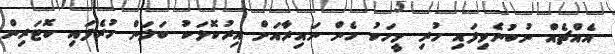
އެއްޗެއް ނުބުނެވިފައި ހުރި މީހަކު ހެން ނައިރާއަށް އިރުކޮޅަކު ބަލަން ހުރެފައި ކޮޓަރިން